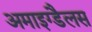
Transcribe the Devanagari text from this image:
अमाइग्डैलस